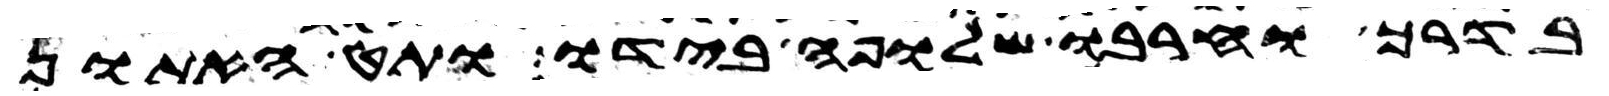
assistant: בדרך וחרבו שלופה בידו ותט האתון